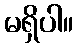
မရှိပါ။